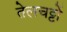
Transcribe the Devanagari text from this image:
तेलचट्टों